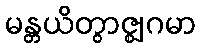
မန္တယိတွာဇ္ဈဂမာ